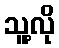
သူ့လို